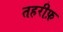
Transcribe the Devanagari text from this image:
तहरीफ़